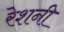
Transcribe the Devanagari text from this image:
रेशनी